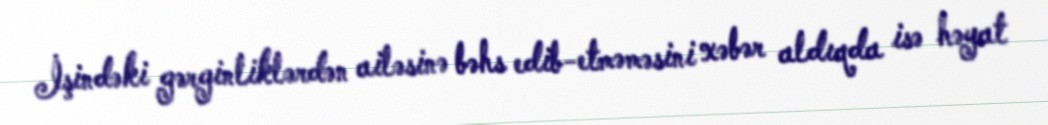
İşindəki gərginliklərdən ailəsinə bəhs edib-etməməsini xəbər aldıqda isə həyat